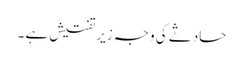
حادثے کی وجہ زیر تفتیش ہے ۔